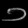
Digit: ၁